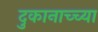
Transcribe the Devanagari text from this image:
दुकानाच्च्या